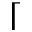
\lceil